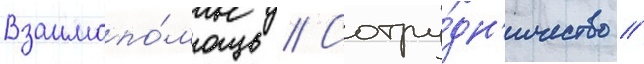
Взаимопо́мощь // Сотру́дн'ичество //